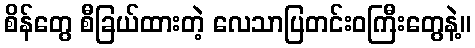
စိန်တွေ စီခြယ်ထားတဲ့ လေသာပြတင်းဝကြီးတွေနဲ့။